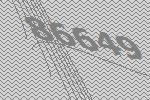
86649